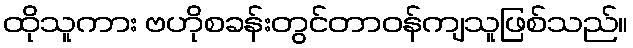
ထိုသူကား ဗဟိုစခန်းတွင်တာဝန်ကျသူဖြစ်သည်။